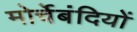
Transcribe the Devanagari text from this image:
मोर्चेबंदियों